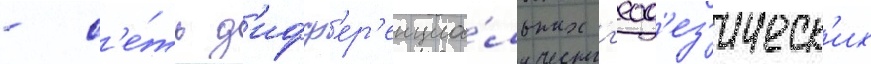
- с'е́ть д'ифф'ер'енциа́льных г'еод'ез'ическ'их